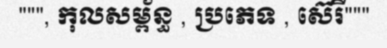
""", កុលសម្ព័ន្ធ , ប្រភេទ , ស៊េរី"""